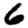
Digit: 6